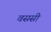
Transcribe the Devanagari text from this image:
वससी